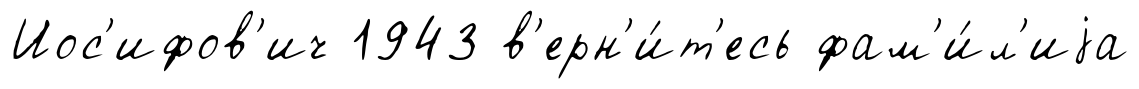
Иос'ифов'ич 1943 в'ерн'и́т'есь фам'и́л'иjа